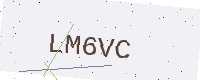
Text: LM6VC